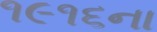
૧૯૧૬ના